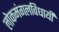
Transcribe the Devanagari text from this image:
लोकमंगलविधायी